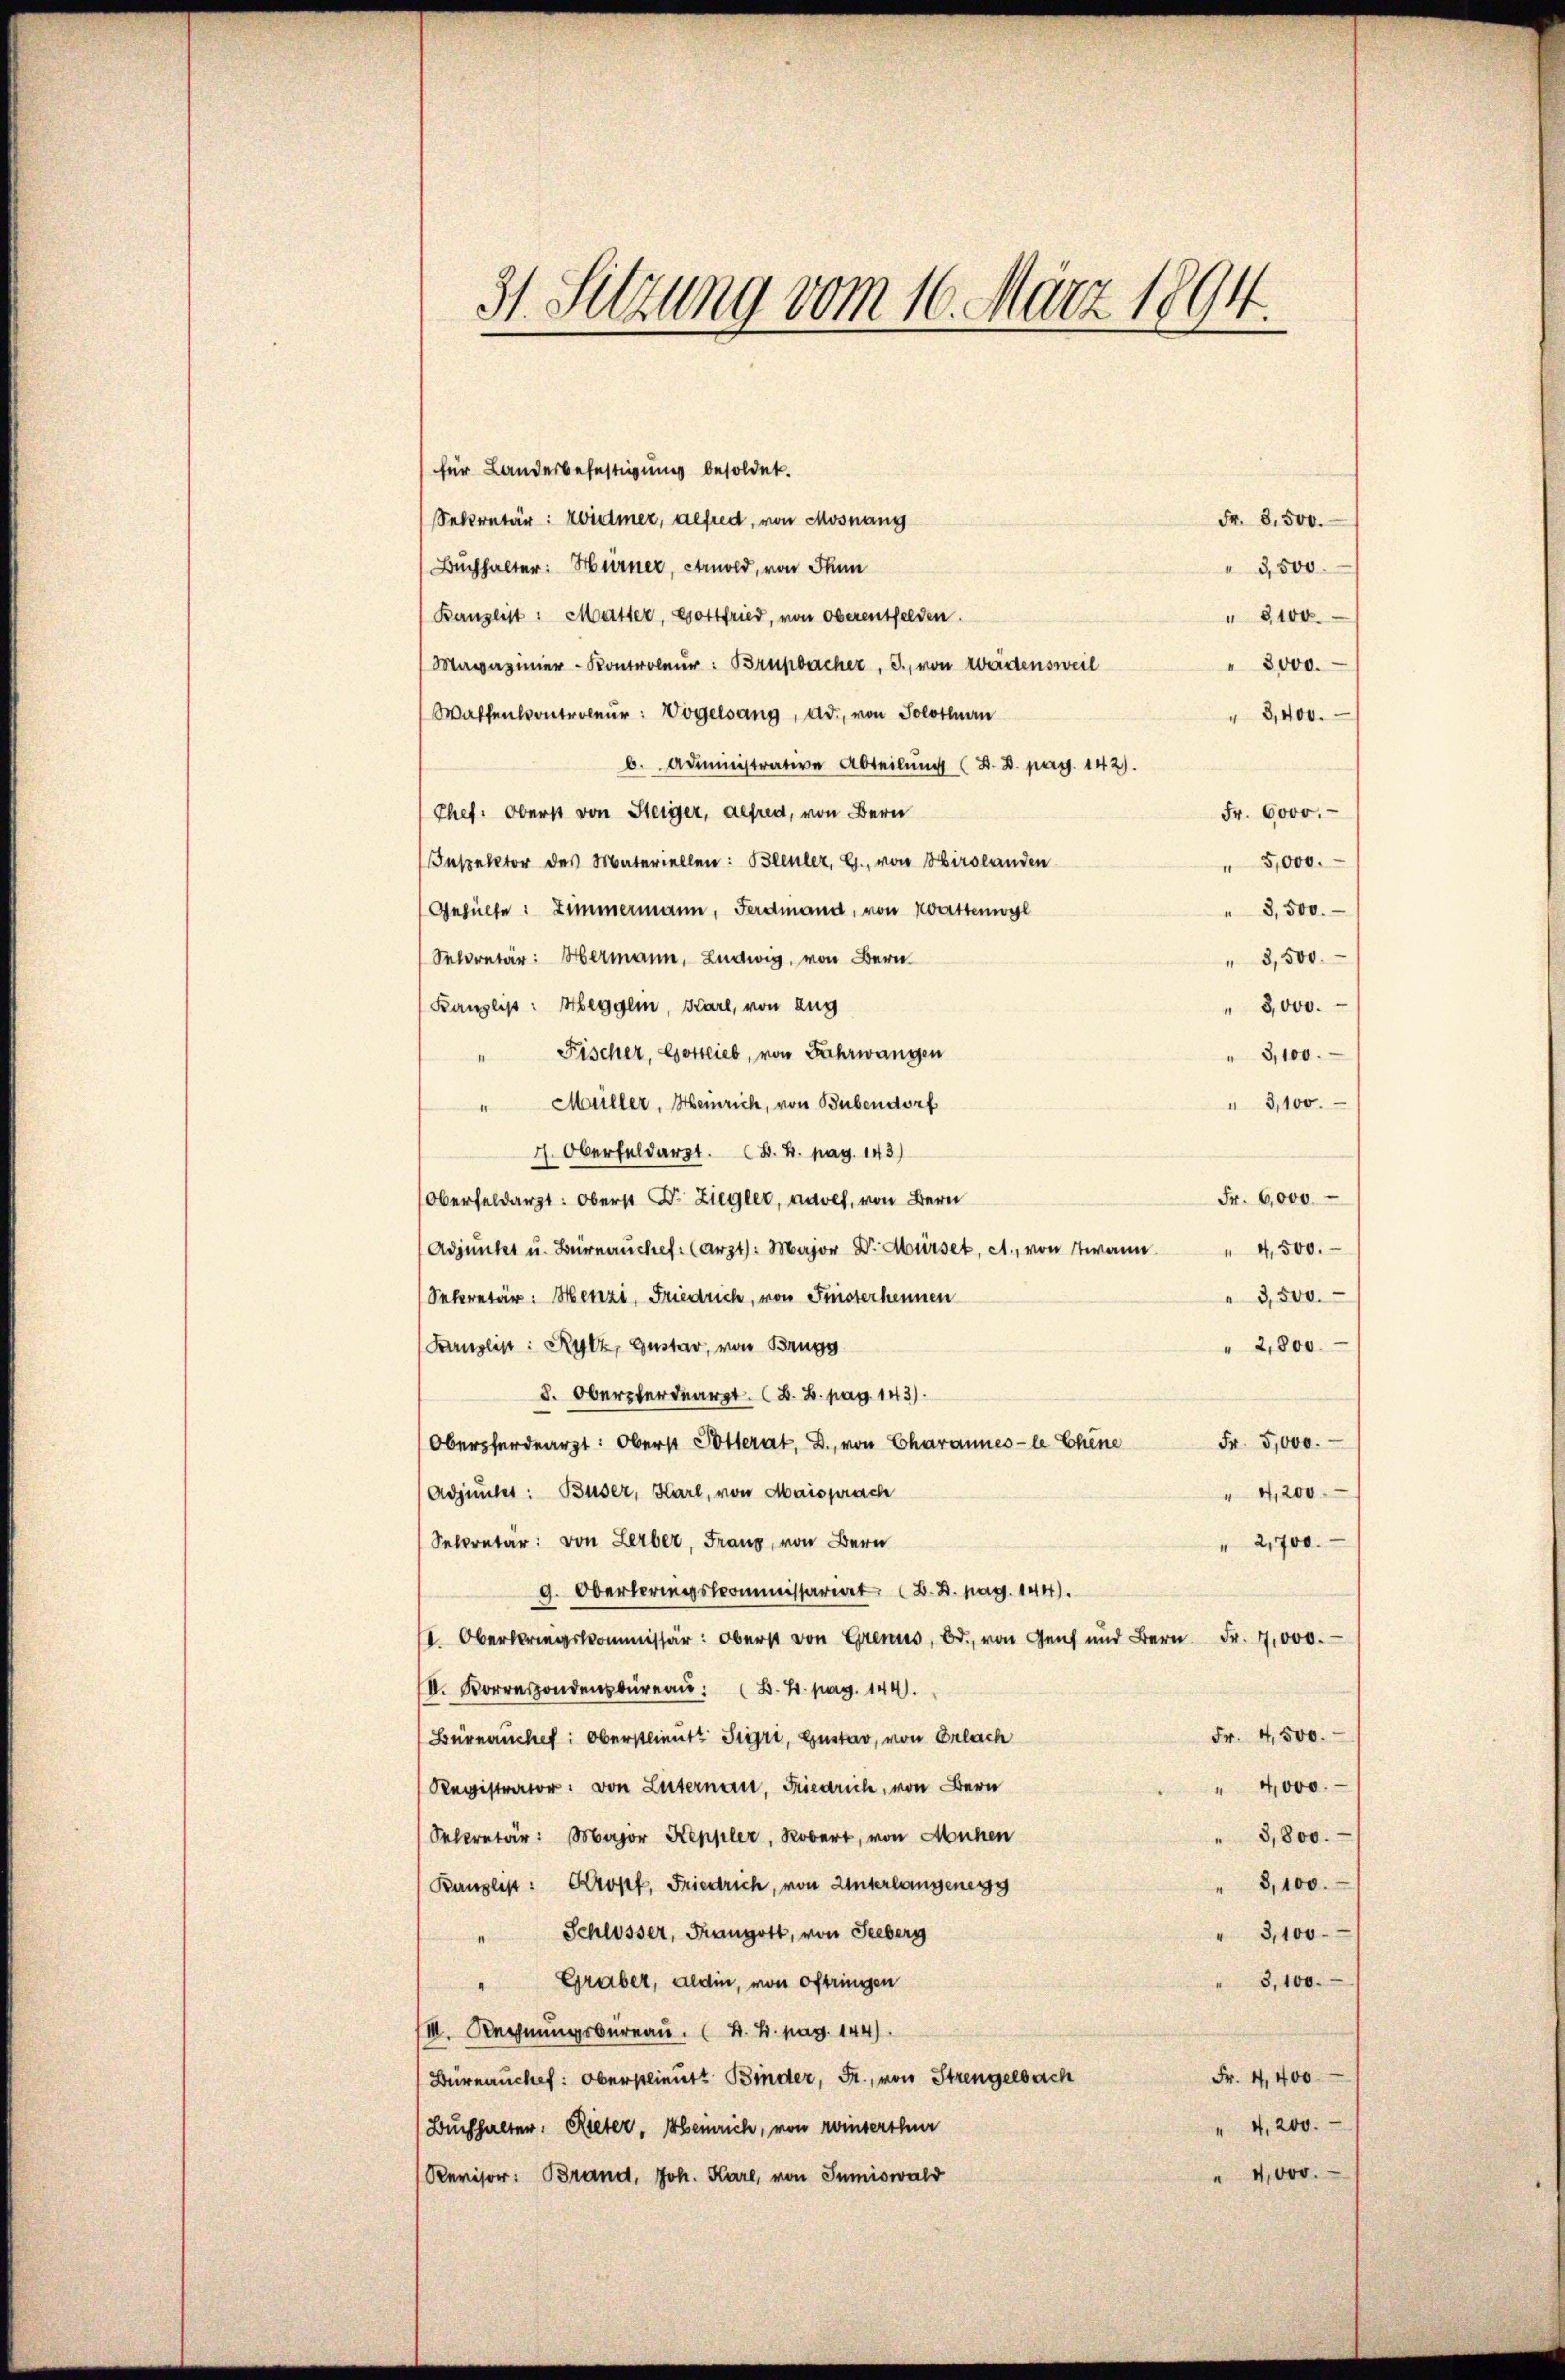
31. Setzung vom 16. März 1894

für Landerbefestigung besoldet.
Sekretär: Widmer, alfred, von Mosnang
Fr. 8.500.
(Buchhalter: Hürner, Arnold, von Thun
" 3,500
Banzlist: Mutter, Gottfried, von Oberentfelden.
" 8100.
Magazinier-Kontroleur: Brupbacher, J., von Wartensweil
" 3000.
Waffenkontroleur: Vogelsang, Ad., von Solothurn
3,400.
b. Administrative Abteilung (S. D. pag. 142).
Chef. Oberst von Steiger, alfred, von Bern
Fr. 6000.
Inspektor des Materiellen: Bleuler, G. von Hirslanden
" 5,000.
Gehülfe: Zimmermann, Ferdmand, von Wattenwyl
" 3,500.
Selcretär: Hermann, Ludwig, von Bern
" 3,500.
Kanzlis: Hegglin, Karl, von Zug
" 3,000.
Fischer, Gottlieb, von Fahrwangen
" 3,100.
" 3,100.
" Müller, Heinrich, von Bubendorf
 Oberfeldarzt. B. 4. pag. 143)
Fr. 6,000
Oberfeldarzt: Oberst Dr. Ziegler, aves, von Bern
(Adjunker u. Bürnaŭches: (Arzts: Major Dr. Hürset, c. von Twann" 4,500.
Sekretär: Henzi, Friedrich, von Fristerheimen
" 3,500.
Farnslist: Rytz, Gustar, von Brugg
2,800.
d. Oberpferdearzt. B. B. pag. 143).
Fr. 5,000.
Oberfordearzt: Oberst Potterat, D., von Charannes- le Chene
(Adjunker: Buser, Karl, von Maisprach
4,200
Selcretär: von Lerber, Franz, von Bern
" 2,700.
g. Oberleringskommissariat (B.B. pag. 144).
. Oberbringskommissär: Oberst von Grens, Bd., von Genf und Bern Fr. 7,000.
IV. Konsondenbureau. B. 4. pag. 144.
Fr. 4,500.
Bürnauchet: Oberstlieute Sigri, Gustar, von Erlach
Registrator: von Luternau, Friedrich, von Bern
" 4,000.
Selcretär: Major Keppler, Robert, von Mühen
" 3,800.
3,100.
Banzlist: Kropf, Friedrich, von Unterlangenegg
" Schlösser, Fangott, von Seeberg
3,100
3,100.
" Graber, aldin, von Oftringen
VIII. Rechnungsbureau. B. H. pag. 144).
Fr. 4,400
Bürnauchet: Oberstlieutt Binder, Fr., von Strengelbach
" 4,200.
(Buchhalter. Rieter, Heinrich, von zinserthur
" 4,000.
Revisor: Brand, Joh. Karl, von Sumiswald